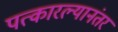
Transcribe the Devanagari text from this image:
पत्कारल्यानंतर